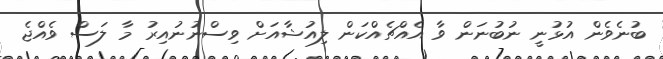
ބުނެވެން އުޅުނީ ނުބުނަން ވާ އެއްޗެއްކަން ލިއުޝާއަށް ވިސްނުނުއިރު މާ ލަސް ވެއްޖެ